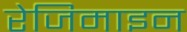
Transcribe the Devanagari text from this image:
रेजिमाइन